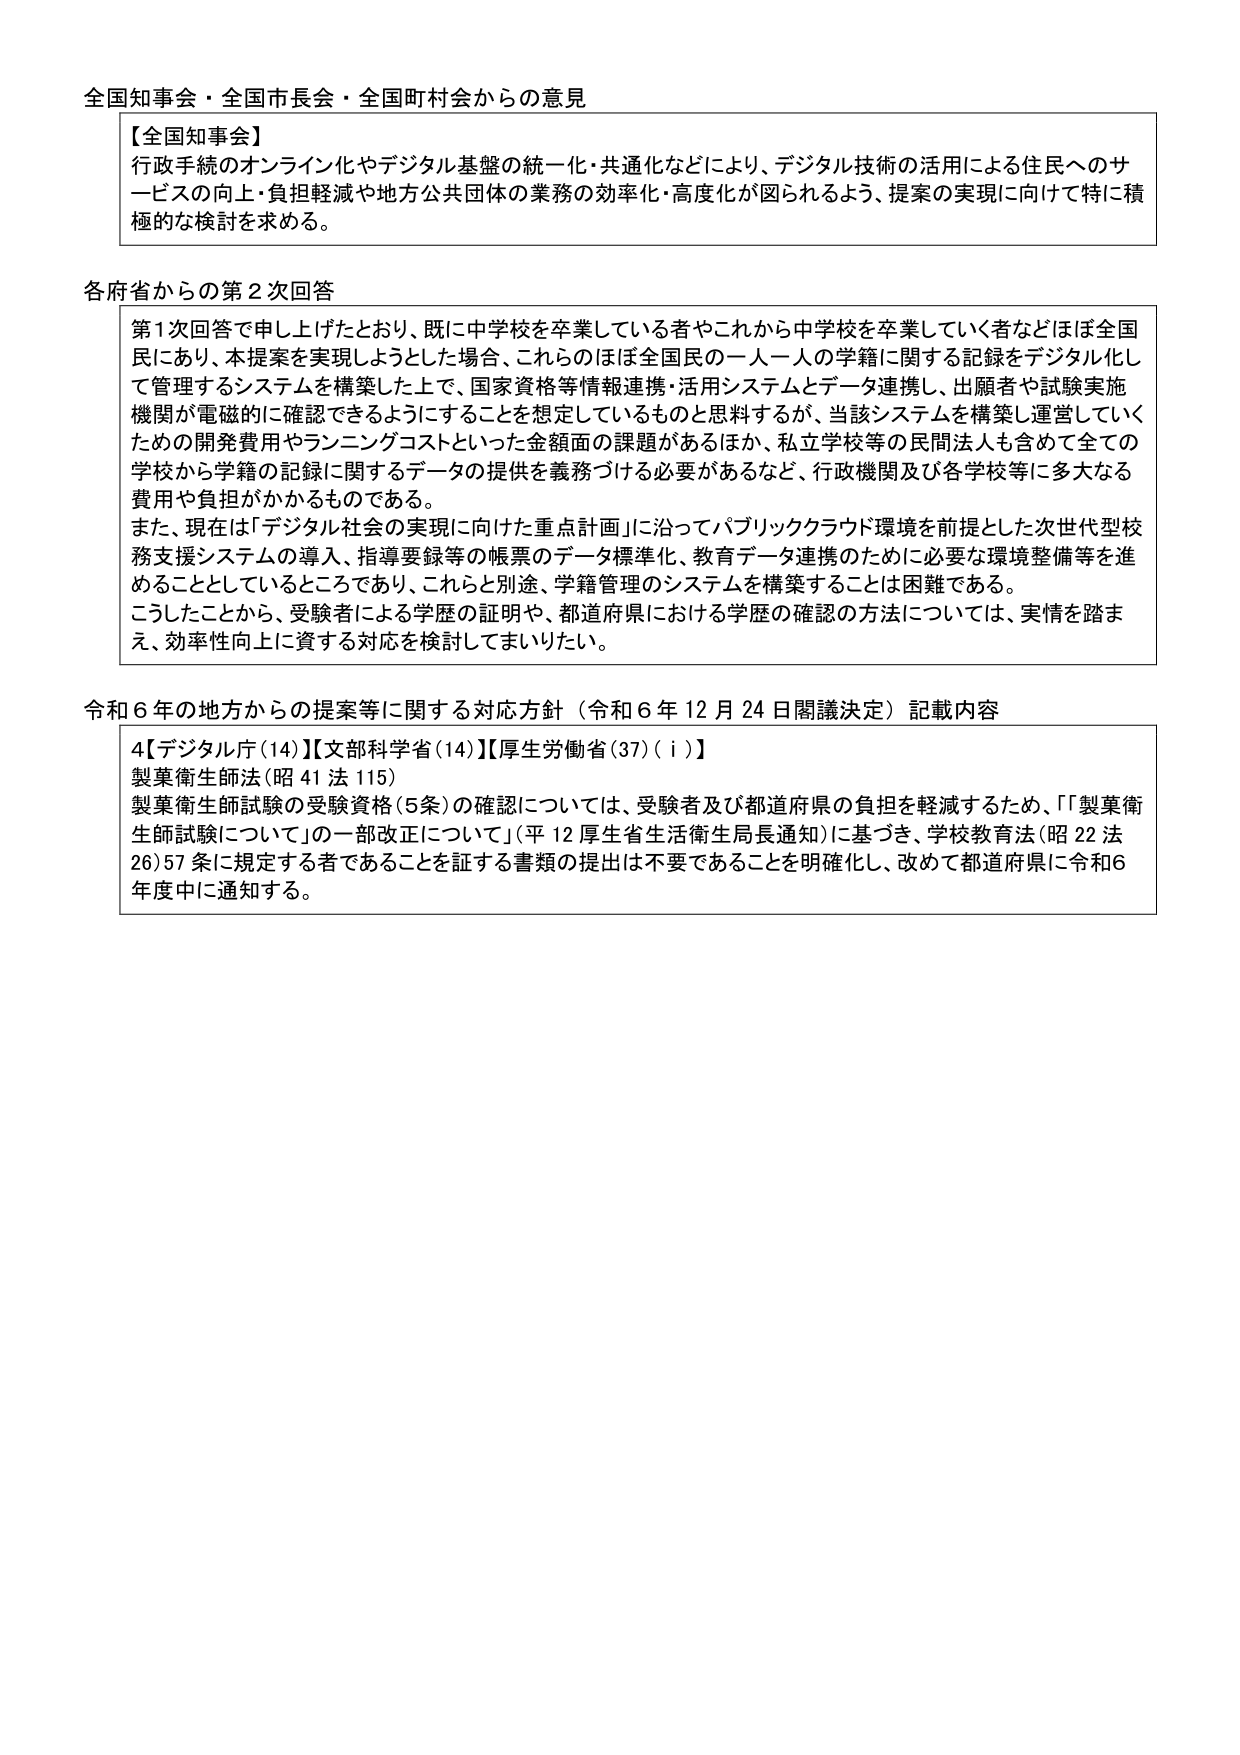
全国知事会・全国市長会・全国町村会からの意見

【全国知事会】
行政手続のオンライン化やデジタル基盤の統一化・共通化などにより、デジタル技術の活用による住民へのサービスの向上・負担軽減や地方公共団体の業務の効率化・高度化が図られるよう、提案の実現に向けて特に積極的な検討を求める。

各府省からの第2次回答

第1次回答で申し上げたとおり、既に中学校を卒業している者やこれから中学校を卒業していく者などほぼ全国民にあり、本提案を実現しようとした場合、これらのほぼ全国民の一人一人の学籍に関する記録をデジタル化して管理するシステムを構築した上で、国家資格等情報連携・活用システムとデータ連携し、出願者や試験実施機関が電磁的に確認できるようにすることを想定しているものと思料するが、当該システムを構築し運営していくための開発費用やランニングコストといった金額面の課題があるほか、私立学校等の民問法人も含めて全ての学校から学籍の記録に関するデータの提供を義務づける必要があるなど、行政機関及び各学校等に多大なる費用や負担がかかるものである。
また、現在は「デジタル社会の実現に向けた重点計画」に沿ってパブリッククラウド環境を前提とした次世代型校務支援システムの導入、指導要録等の帳票のデータ標準化、教育データ連携のために必要な環境整備等を進めることとしているところであり、これらと別途、学籍管理のシステムを構築することは困難である。
こうしたことから、受験者による学歴の証明や、都道府県における学歴の確認の方法については、実情を踏まえ、効率性向上に資する対応を検討してまいりたい。

令和6年の地方からの提案等に関する対応方針（令和6年12月24日閣議決定）記載内容

4【デジタル庁(14)】【文部科学省(14)】【厚生労働省(37)(i)】
製薬衛生師法(昭41法115)
製薬衛生師試験の受験資格(5条)の確認については、受験者及び都道府県の負担を軽減するため、「製薬衛生師試験について」の一部改正について（平12厚生省生活衛生局長通知）に基づき、学校教育法(昭22法26)57条に規定する者であることを証する書類の提出は不要であることを明確化し、改めて都道府県に令和6年度中に通知する。